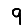
Digit: 9